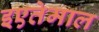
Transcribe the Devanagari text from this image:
इएतेमाल